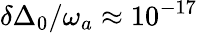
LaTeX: \delta\Delta_{0}/\omega_{a}\approx 10^{-17}